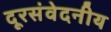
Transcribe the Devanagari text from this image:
दूरसंवेदनीय